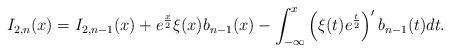
LaTeX: \begin{align*}I_{2,n}(x)=I_{2,n-1}(x)+e^{\frac{x}{2}}\xi(x)b_{n-1}(x)-\int_{-\infty}^{x}\left( \xi(t)e^{\frac{t}{2}}\right) ^{\prime}b_{n-1}(t)dt. \end{align*}